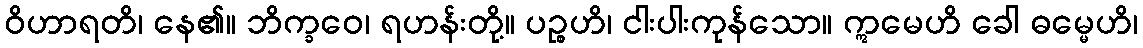
ဝိဟာရတိ၊ နေ၏။ ဘိက္ခဝေ၊ ရဟန်းတို့။ ပဉ္စဟိ၊ ငါးပါးကုန်သော။ ဣမေဟိ ခေါ ဓမ္မေဟိ၊